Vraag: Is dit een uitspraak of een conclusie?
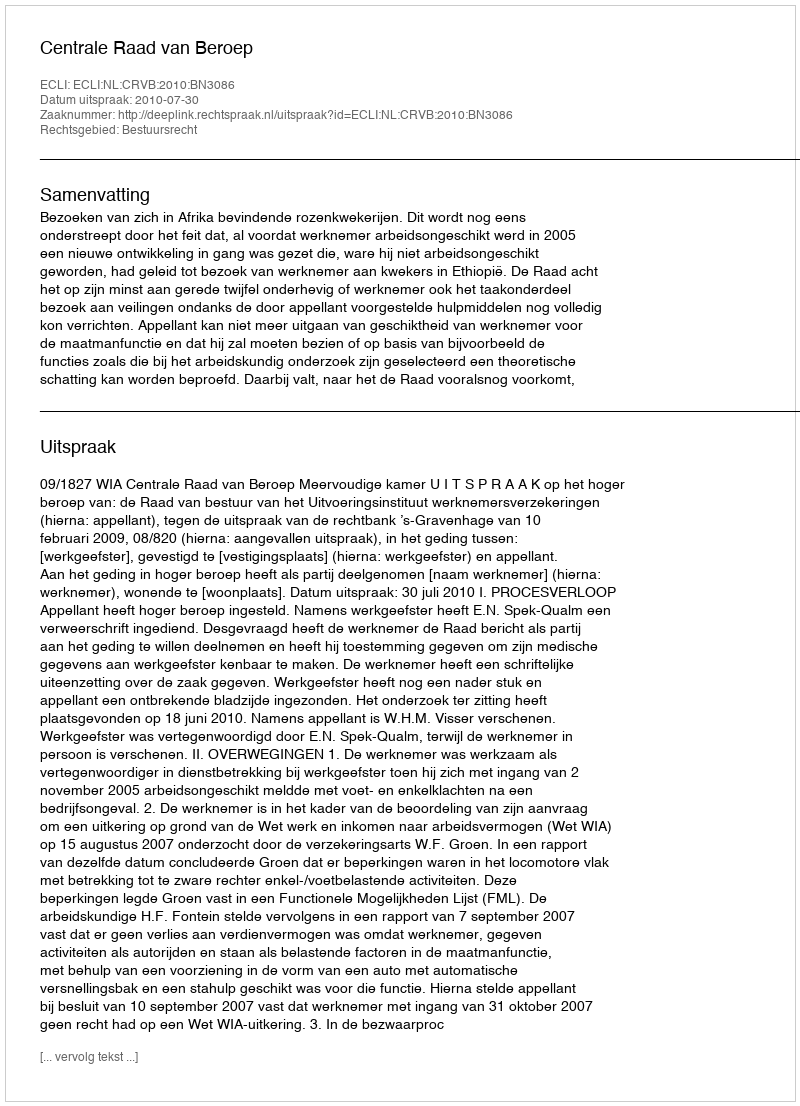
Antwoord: Uitspraak